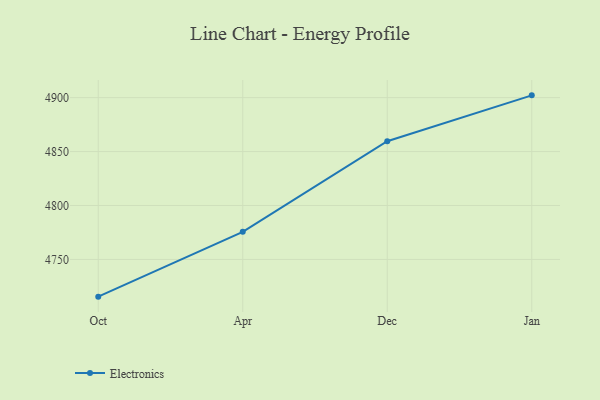
{"axis": {"x": "Month", "y": "LTV (USD)"}, "legend": ["Electronics"], "data": [{"x": "Oct", "y": 4715.5, "type": "Electronics"}, {"x": "Apr", "y": 4775.6, "type": "Electronics"}, {"x": "Dec", "y": 4859.6, "type": "Electronics"}, {"x": "Jan", "y": 4902.1, "type": "Electronics"}]}